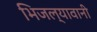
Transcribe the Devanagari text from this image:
भिजल्यावानी